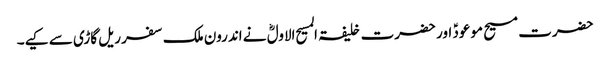
حضرت مسیح موعودؑ اور حضرت خلیفۃ المسیح الاولؓ نے اندرون ملک سفر ریل گاڑی سے کیے۔